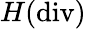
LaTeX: H(\mathrm{div})